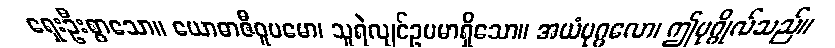
ရှေးဦးစွာသော။ ယောဓာဇီဝူပမော၊ သူရဲလျင်ဥပမာရှိသော။ အယံပုဂ္ဂလော၊ ဤပုဂ္ဂိုလ်သည်။